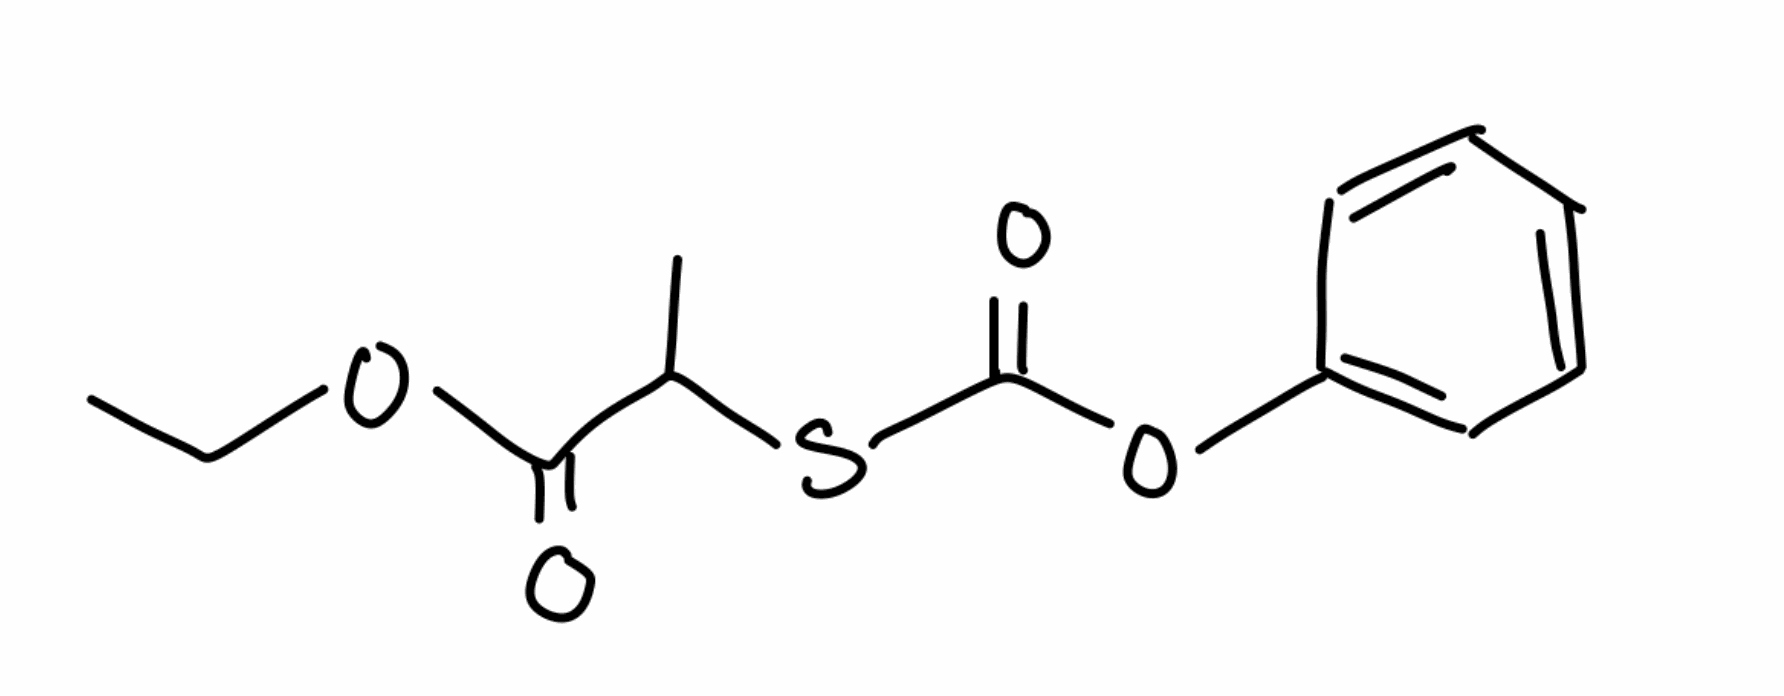
Simplified molecular-input line-entry system (SMILES) notation of the given molecule:
CCOC(=O)C(C)SC(=O)OC1=CC=CC=C1